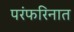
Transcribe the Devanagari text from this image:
परंफरिनात